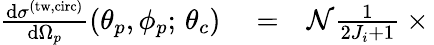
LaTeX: \begin{array}{rlr}{\frac{\mathrm{d}\sigma^{\mathrm{(tw,circ)}}}{\mathrm{d}\Omega_{p}}\left(\theta_{p},\phi_{p};\, \theta_{c}\right)}&{{}=}&{\mathcal{N}\frac{1}{2J_{i}+1}\times\, }\end{array}